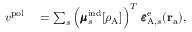
\begin{array} { r l } { { v } ^ { \mathrm { p o l } } } & { { } = \sum _ { s } \Big ( \pmb { \mu } _ { s } ^ { \mathrm { i n d } } [ \rho _ { \mathrm { A } } ] \Bigr ) ^ { T } \ \pmb { \varepsilon } _ { \mathrm { A } , s } ^ { \mathrm { e } } ( \mathbf { r } _ { \mathrm { a } } ) , } \end{array}